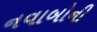
નવાબોની